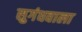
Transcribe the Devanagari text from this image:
सुगंधवाला